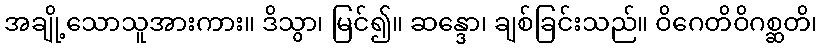
အချို့သောသူအားကား။ ဒိသွာ၊ မြင်၍။ ဆန္ဒော၊ ချစ်ခြင်းသည်။ ဝိဂေတိဝိဂစ္ဆတိ၊